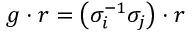
g \cdot r = \left( \sigma _ { i } ^ { - 1 } \sigma _ { j } \right) \cdot r